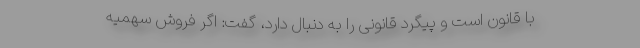
با قانون است و پیگرد قانونی را به دنبال دارد، گفت: اگر فروش سهمیه